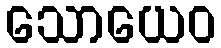
သောယေဝ